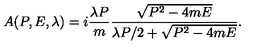
A ( P , E , \lambda ) = i { \frac { \lambda P } { m } } { \frac { \sqrt { P ^ { 2 } - 4 m E } } { { \lambda P / 2 } + \sqrt { P ^ { 2 } - 4 m E } } } .